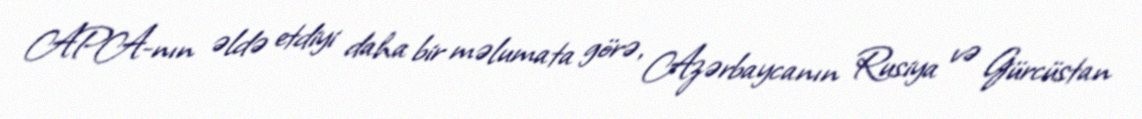
APA-nın əldə etdiyi daha bir məlumata görə, Azərbaycanın Rusiya və Gürcüstan